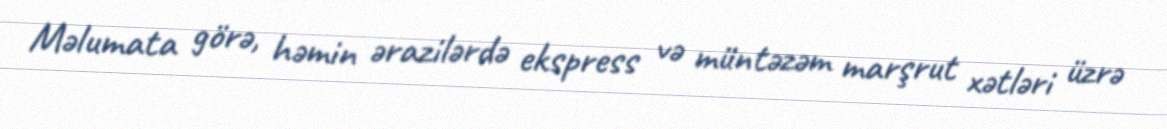
Məlumata görə, həmin ərazilərdə ekspress və müntəzəm marşrut xətləri üzrə